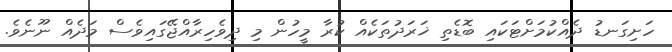
ހަށިގަނޑު ދެއްކުމަށްޓަކައި ބޮޑެތި ޚަރަދުތަކެއް ކުރާ މީހުން މި ދިވެހިރާއްޖޭގައިވެސް މަދެއް ނޫނެވެ.